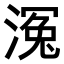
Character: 𣹠